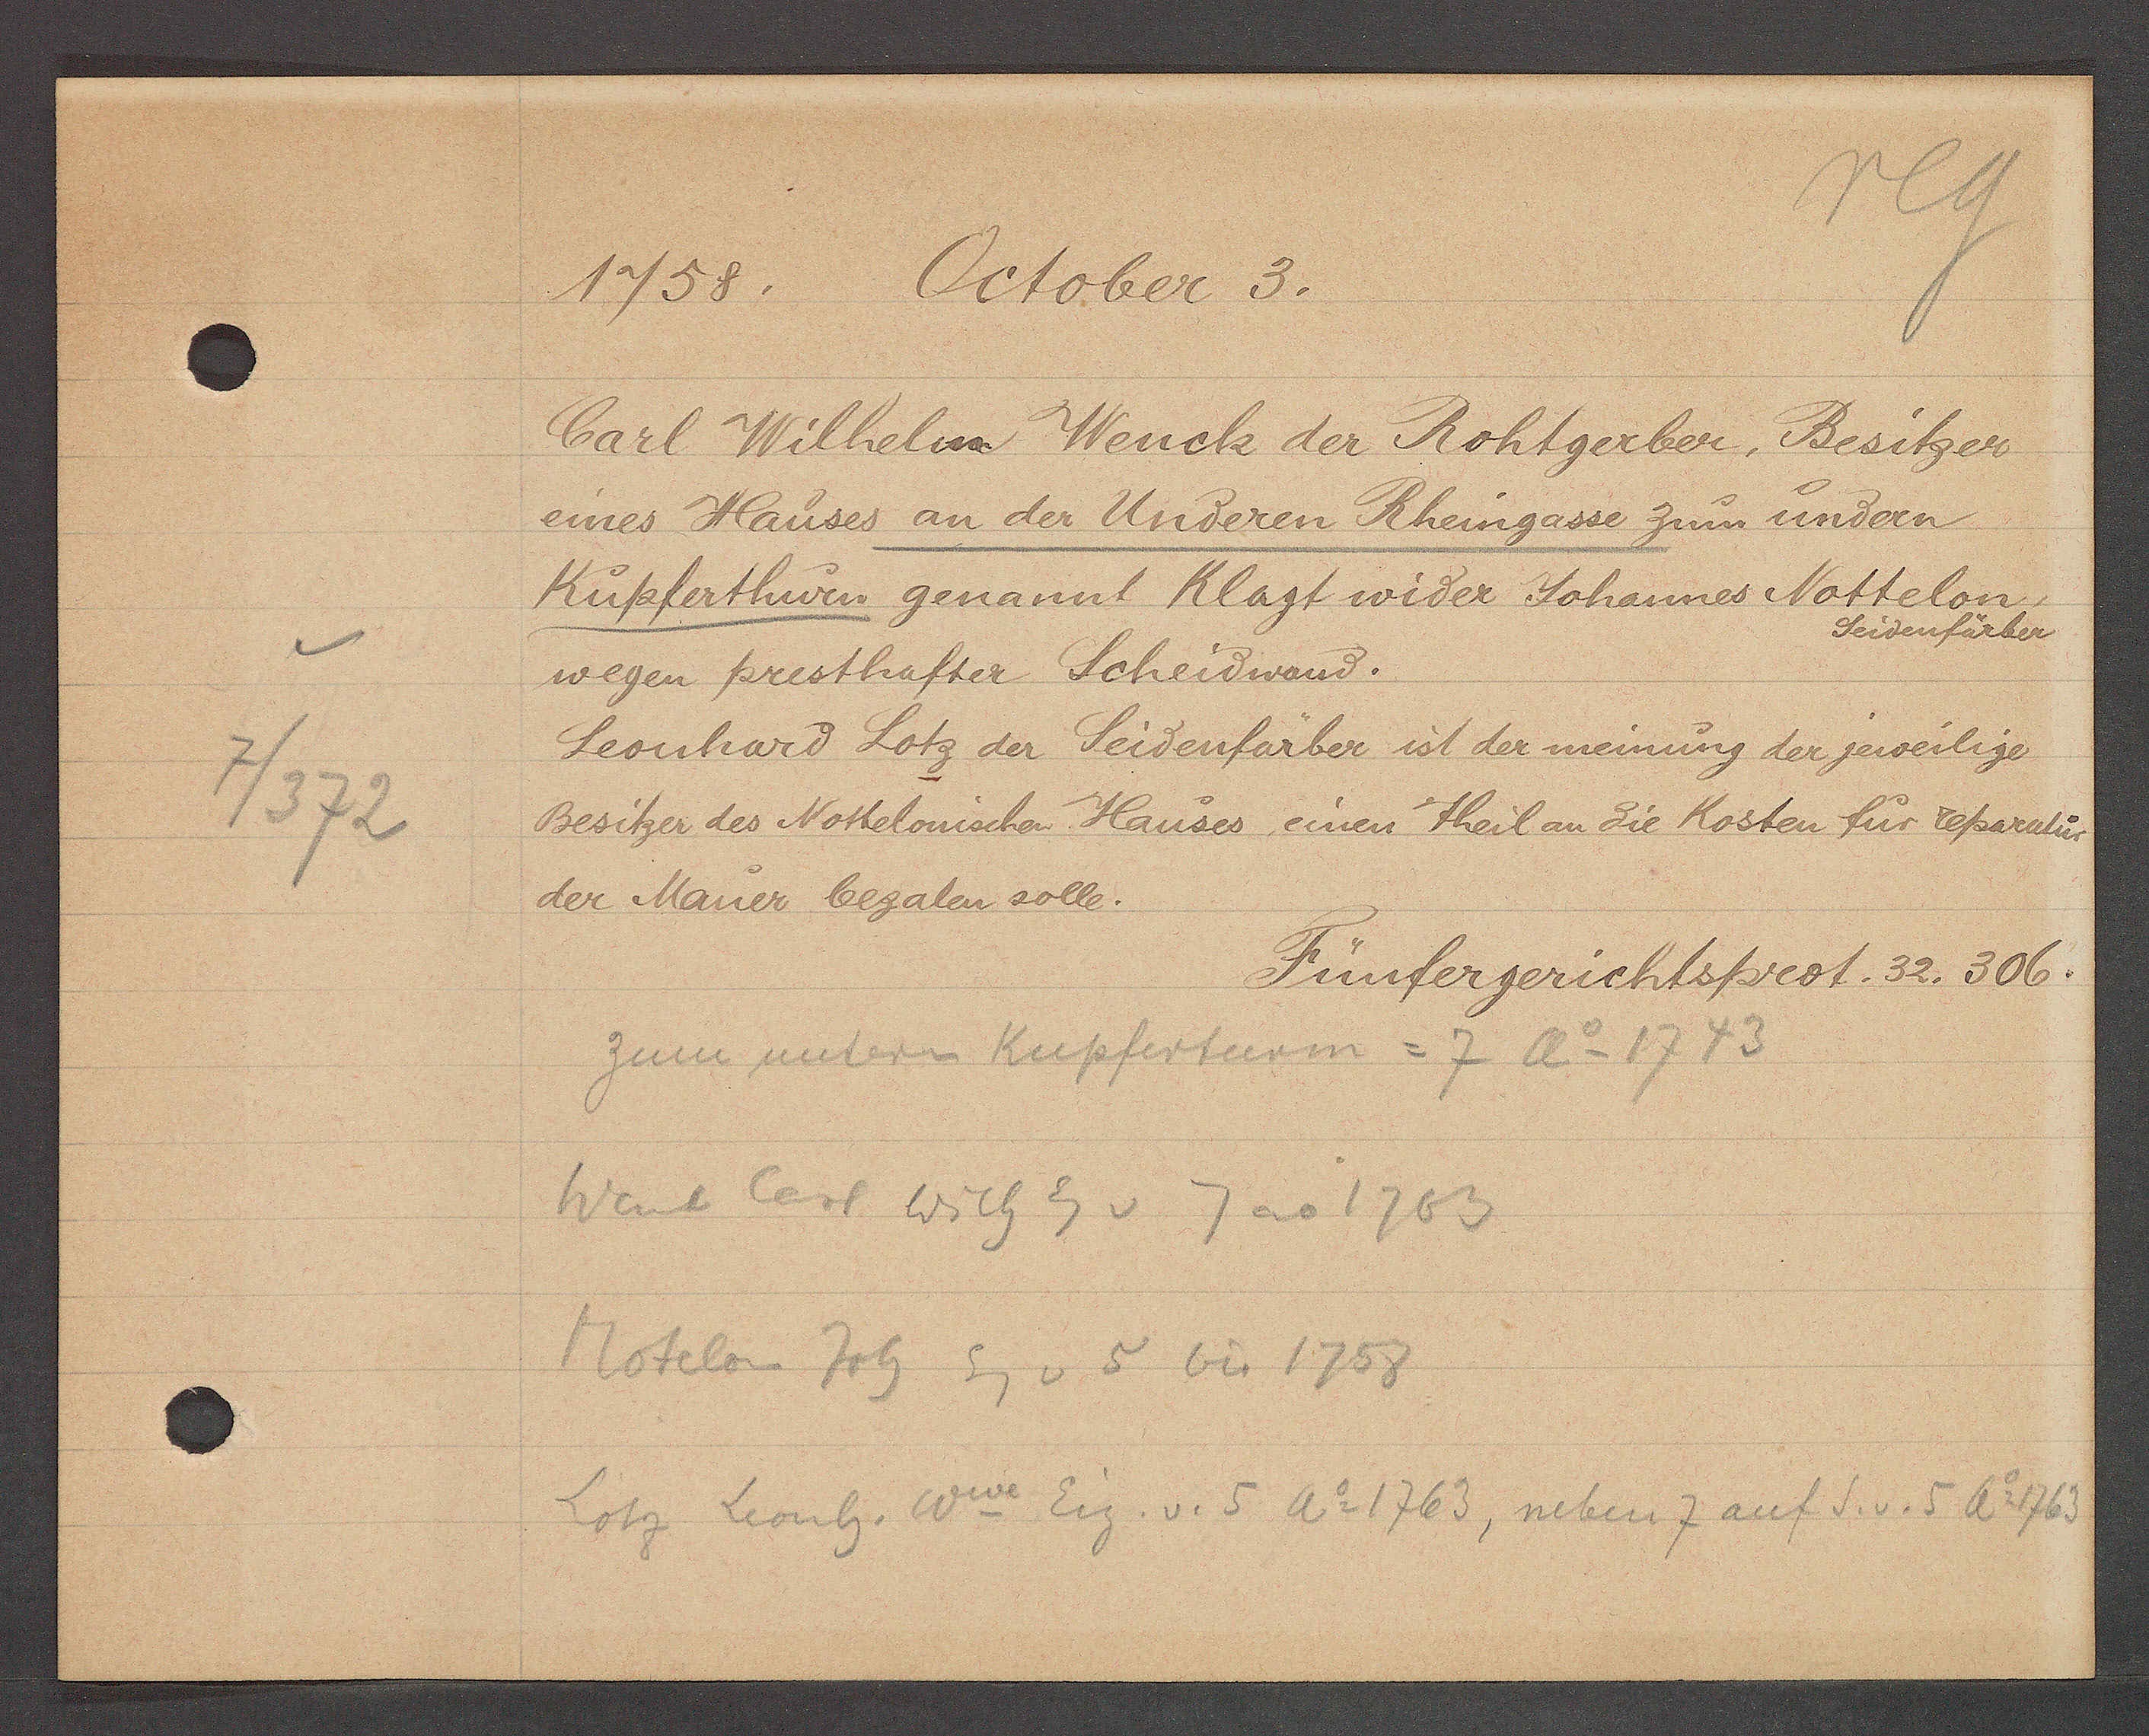
Transcript:
7/372

1758. October 3.

Carl Wilhelm Wenck der Rohtgerber, Besitzer
undern
eines Hauses an der Underen Rheingasse zum
Kupferthurn genannt Klagt wider Johannes Nottelon,
Seidenfärber
wegen presthafter Scheidwand.
Leonhard Lotz der Seidenfärber ist der meinung der jeweilige
Besitzer des Nothelonischen Hauses einen Theil an die Kosten für reparatur
der Mauer bezalen solle.

Fünfergerichtsprot. 32. 306.

zum untern Kupferturm = 7 Ao 1743
Wank Cerl Wilh Eg v 7 ao 1763
Motelon Joh Eg v 5 bis 1758
Lotz Leonh. Wwe Eig. v. 5 Ao 1763, neben 7 auf S. v. 5 ao 1763